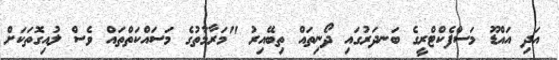
އަދި އައްޑޫ މަސްފެކްޓްރީގެ ބަނދަރުގައި ދޯނިތައް ތިބޭއިރު "މަރާމާތުގެ މަސައްކަތްތައް ވެސް ލުއިގޮތަކަށް